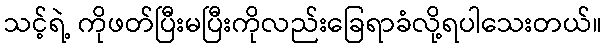
သင့်ရဲ့ ကိုဖတ်ပြီးမပြီးကိုလည်းခြေရာခံလို့ရပါသေးတယ်။